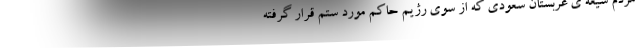
مردم شیعه ی عربستان سعودی که از سوی رژیم حاکم مورد ستم قرار گرفته